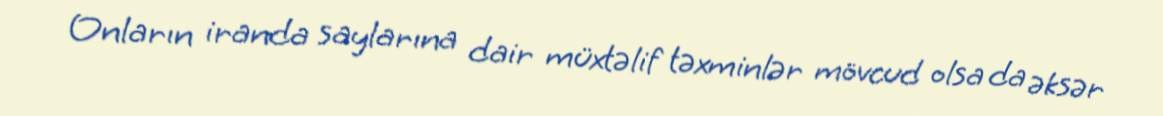
Onların iranda saylarına dair müxtəlif təxminlər mövcud olsa da əksər